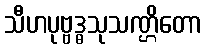
သီဟပုဗ္ဗဒ္ဓသုသဏ္ဌိတော